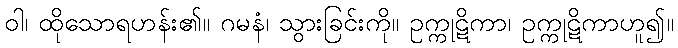
ဝါ၊ ထိုသောရဟန်း၏။ ဂမနံ၊ သွားခြင်းကို။ ဥက္ကုဋိကာ၊ ဥက္ကုဋိကာဟူ၍။